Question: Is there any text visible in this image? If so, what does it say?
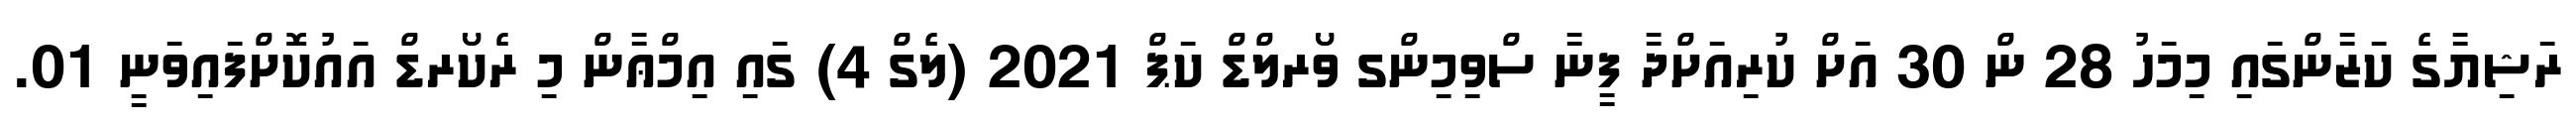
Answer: ރަޝިޔާގެ ކަޒާންގައި މިމަހު 28 ން 30 އަށް ކުރިއަށްދާ ފީނާ ސްވިމިންގ ވޯރލްޑް ކަޕް 2021 (ލެގް 4) ގައި އިމްޢާން މި ރެކޯރޑް އައުކޮށްފައިވަނީ 01.